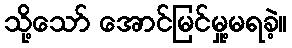
သို့သော် အောင်မြင်မှု့မရခဲ့။